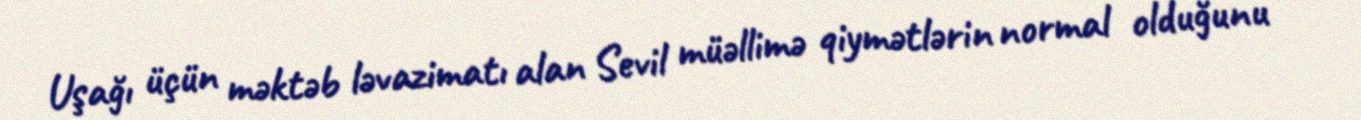
Uşağı üçün məktəb ləvazimatı alan Sevil müəllimə qiymətlərin normal olduğunu